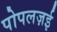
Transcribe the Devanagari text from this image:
पोपलज़ई